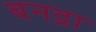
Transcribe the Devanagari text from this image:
बनद्रा